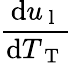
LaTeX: \frac{\mathrm{d}u_{\mathrm{~l~}}}{\mathrm{d}T_{\mathrm{~T~}}}